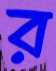
র